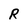
Character: R